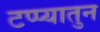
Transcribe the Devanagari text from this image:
टप्प्यातुन